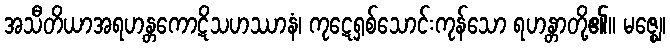
အသီတိယာအရဟန္တကောဋိသဟဿာနံ၊ ကုဋေရှစ်သောင်းကုန်သော ရဟန္တာတို့၏။ မဇ္ဈေ၊